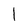
Character: I